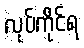
လုပ်ကိုင်ရ